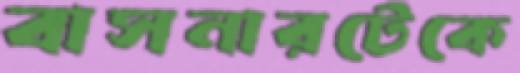
বাসনারটেকে